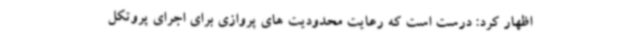
اظهار کرد: درست است که رعایت محدودیت های پروازی برای اجرای پروتکل